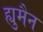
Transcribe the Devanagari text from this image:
ह्युमैन